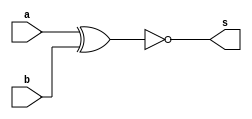
// -------------------------
// Exemplo0021  COMPARADOR  DE IGUALDADE
// Nome: Guilherme Moreira Nunes
// -------------------------
// -------------------------
// compara
// -------------------------
module compara (output s, input a, input b);

xnor XNOR1(s, a, b);

endmodule // compara
module test_compara;
// ------------------------- definir dados
reg[2:0] x;
reg[2:0] y;
wire[2:0] compara;

compara compara1(compara[0], x[0], y[0]);
compara compara2(compara[1], x[1], y[1]);
compara compara3(compara[2], x[2], y[2]);
// ------------------------- parte principal
initial begin
$display("Exemplo0021 - Guilherme Moreira Nunes - 408947");
$display("Test ALUs COMPARADOR  DE IGUALDADE");
$display(" x  ?=  s");
#1 x = 3'b000; y = 3'b000;
$monitor("%b ?= %b --> %b", x, y, compara);

#1 x = 3'b001; y = 3'b001; 
#1 x = 3'b100; y = 3'b001; 
#1 x = 3'b111; y = 3'b111;
// projetar testes
end
endmodule // test_compara